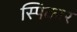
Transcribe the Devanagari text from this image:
स्पिकार